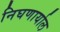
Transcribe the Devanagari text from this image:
निघणार्याल